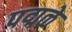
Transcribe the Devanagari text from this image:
पद्मळे